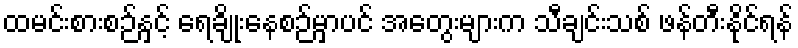
ထမင်းစားစဉ်နှင့် ရေချိုးနေစဉ်မှာပင် အတွေးများက သီချင်းသစ် ဖန်တီးနိုင်ရန်